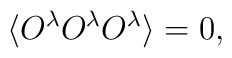
\langle O^\lambda O^\lambda O^\lambda\rangle=0,